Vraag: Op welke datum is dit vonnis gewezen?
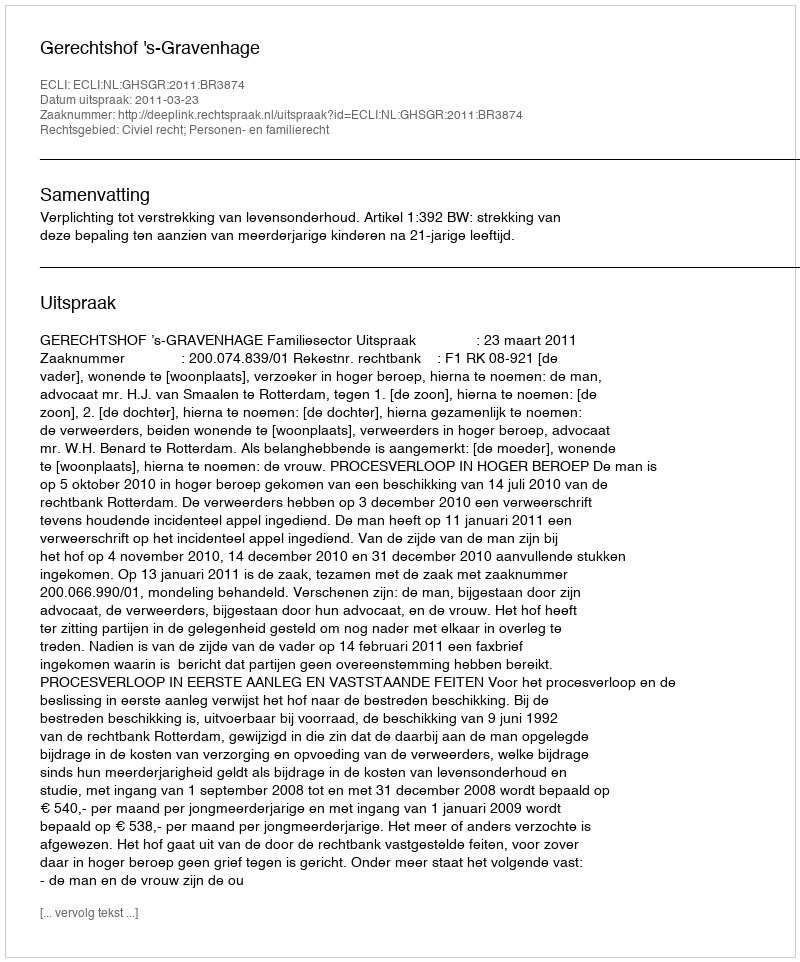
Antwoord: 2011-03-23